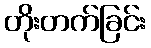
တိုးတက်ခြင်း